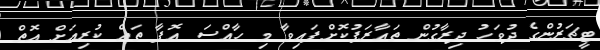
ޓީޗަރުންގެ ދުވަހު ދިރާގުން ތައާރަފުކޮށްފައިވާ މި ހާއްސަ އޮފާ ތައް ކުރިއަށް އޮތް